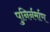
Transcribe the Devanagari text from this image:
पुनिर्नर्माण